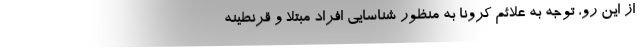
از این رو، توجه به علائم کرونا به منظور شناسایی افراد مبتلا و قرنطینه